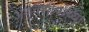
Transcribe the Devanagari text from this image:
अथर्वशीर्षांच्या